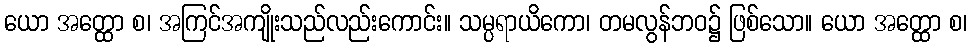
ယော အတ္ထော စ၊ အကြင်အကျိုးသည်လည်းကောင်း။ သမ္ပရာယိကော၊ တမလွန်ဘဝ၌ ဖြစ်သော။ ယော အတ္ထော စ၊